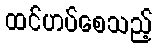
ထင်ဟပ်စေသည့်